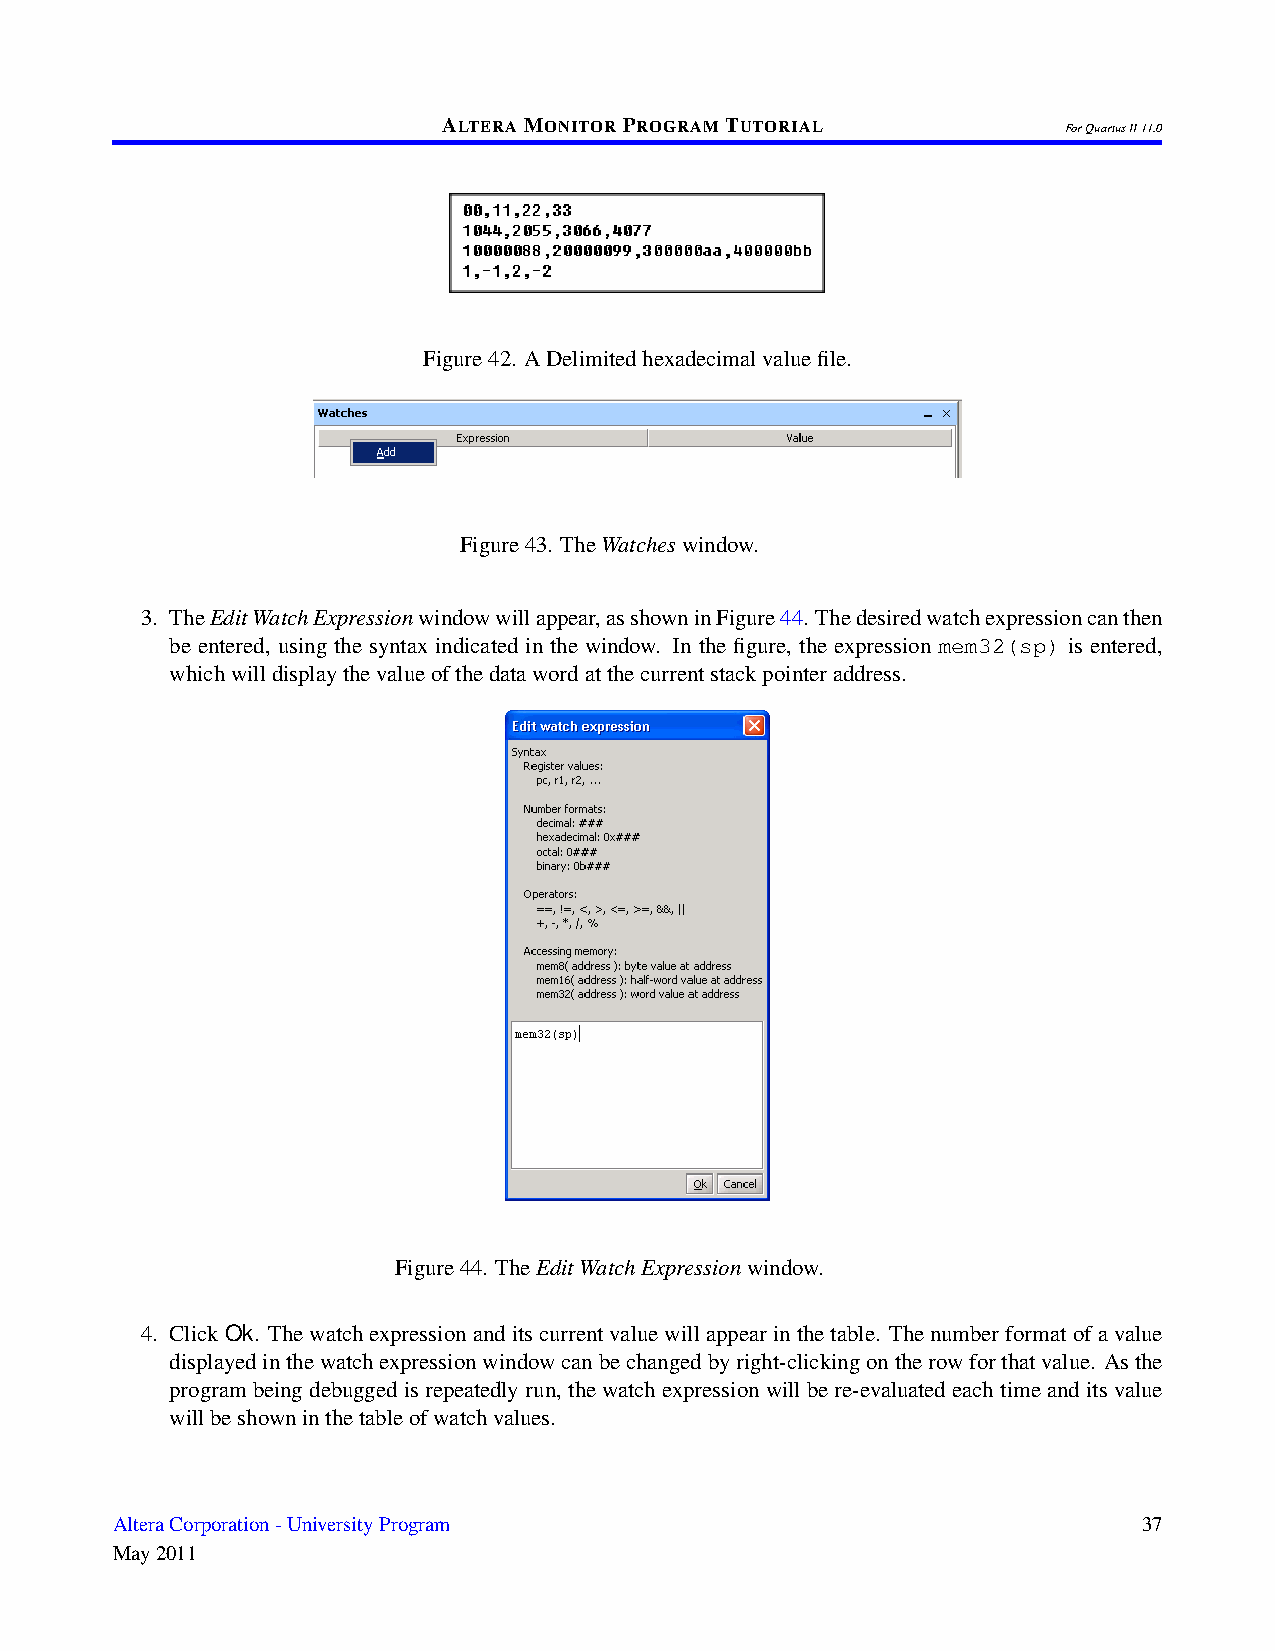
ALTERAMONITORPROGRAMTUTORIAL
 ForQuartusII11.0
 Figure42. ADelimitedhexadecimalvaluefile.
 Figure43. TheWatcheswindow.
 3. TheEditWatchExpressionwindowwillappear,asshowninFigure44. Thedesiredwatchexpressioncanthen
 be entered, using the syntax indicated in the window. In the figure, the expression mem32(sp) is entered,
 whichwilldisplaythevalueofthedatawordatthecurrentstackpointeraddress.
 Figure44. TheEditWatchExpressionwindow.
 4. ClickOk. Thewatchexpressionanditscurrentvaluewillappearinthetable. Thenumberformatofavalue
 displayedinthewatchexpressionwindowcanbechangedbyright-clickingontherowforthatvalue. Asthe
 program being debugged is repeatedly run, the watch expression will be re-evaluated each time and its value
 willbeshowninthetableofwatchvalues.
 AlteraCorporation-UniversityProgram                                  37
 May2011